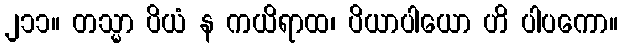
၂၁၁။ တသ္မာ ပိယံ န ကယိရာထ၊ ပိယာပါယော ဟိ ပါပကော။